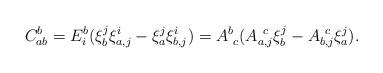
LaTeX: \begin{align*}C^b_{ab}=E^b_i(\xi^j_b \xi^i_{a,j} -\xi^j_a \xi^i_{b,j})=A^b_{~c}(A^{~c}_{a,j}\xi^j_b - A^{~c}_{b,j}\xi^j_a).\end{align*}